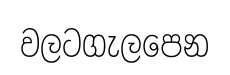
වලටගැලපෙන